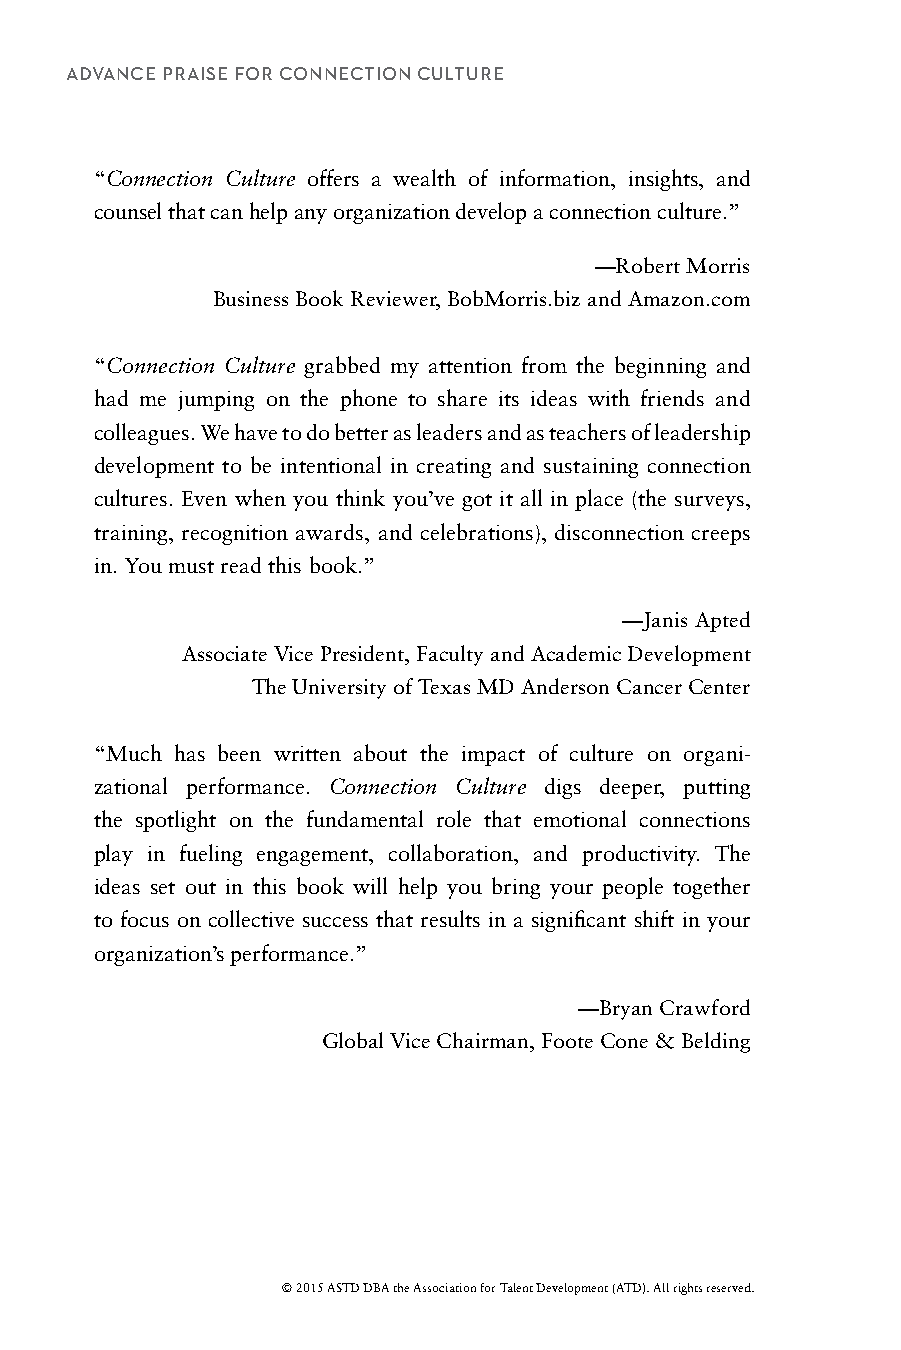
ADVANCE PRAISE FOR CONNECTION CULTURE
 “Connection Culture offers a wealth of information, insights, and
 counsel that can help any organization develop a connection culture.”
 —Robert Morris
 Business Book Reviewer, BobMorris.biz and Amazon.com
 “Connection Culture grabbed my attention from the beginning and
 had me jumping on the phone to share its ideas with friends and
 colleagues. We have to do better as leaders and as teachers of leadership
 development to be intentional in creating and sustaining connection
 cultures. Even when you think you’ve got it all in place (the surveys,
 training, recognition awards, and celebrations), disconnection creeps
 in. You must read this book.”
 —Janis Apted
 Associate Vice President, Faculty and Academic Development
 The University of Texas MD Anderson Cancer Center
 “Much has been written about the impact of culture on organi-
 zational performance. Connection Culture digs deeper, putting
 the spotlight on the fundamental role that emotional connections
 play in fueling engagement, collaboration, and productivity. The
 ideas set out in this book will help you bring your people together
 to focus on collective success that results in a significant shift in your
 organization’s performance.”
 —Bryan Crawford
 Global Vice Chairman, Foote Cone & Belding
 © 2015 ASTD DBA the Association for Talent Development (ATD). All rights reserved.